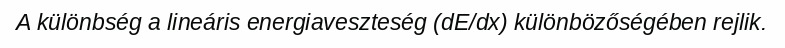
A különbség a lineáris energiaveszteség (dE/dx) különbözőségében rejlik.